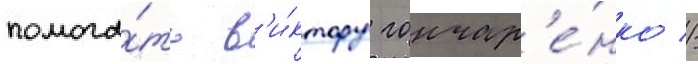
помога́ть в'и́ктору гончар'е́нко //